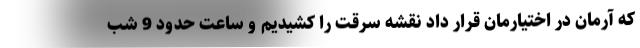
که آرمان در اختیارمان قرار داد نقشه سرقت را کشیدیم و ساعت حدود 9 شب